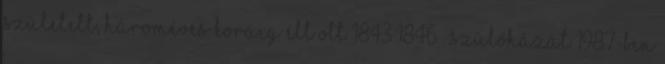
született, hároméves koráig élt ott 1843–1846 . Szülőházát 1987-ben